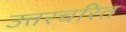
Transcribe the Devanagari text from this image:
उत्तरचरित